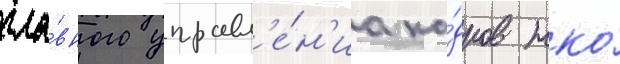
гла́вного управл'е́н'иа ка́дров нко́